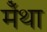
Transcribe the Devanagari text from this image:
मेँथा